Annual report of the Civil Veterinary Department, Bengal, and of the Bengal Veterinary College for the year 1906-1907 - 1906-1907
Year: 1906
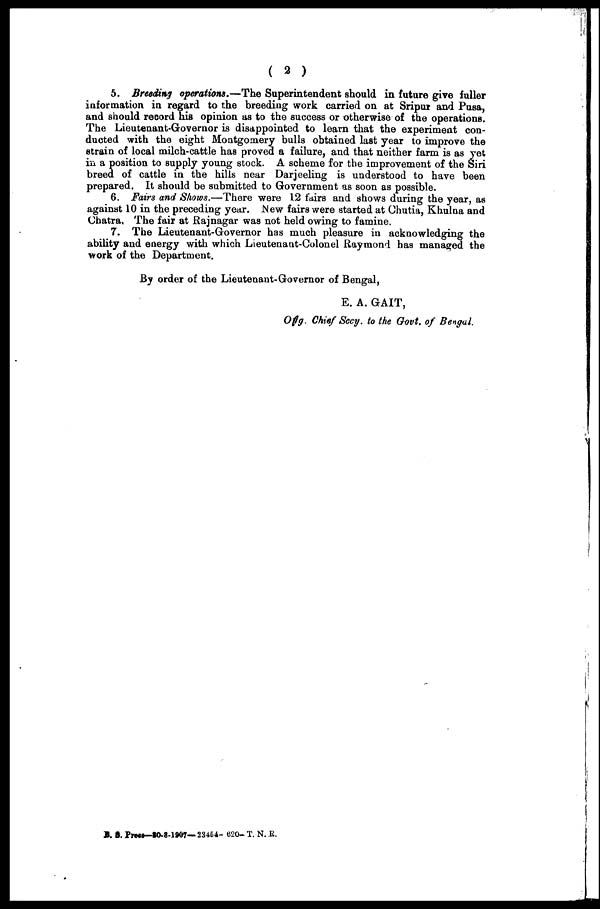
( 2 )
5. Breeding operations.—The Superintendent should in future give fuller
information in regard to the breeding work carried on at Sripur and Pusa,
and should record his opinion as to the success or otherwise of the operations.
The Lieutenant-Governor is disappointed to learn that the experiment con-
ducted with the eight Montgomery bulls obtained last year to improve the
strain of local milch-cattle has proved a failure, and that neither farm is as yet
in a position to supply young stock. A scheme for the improvement of the Siri
breed of cattle in the hills near Darjeeling is understood to have been
prepared. It should be submitted to Government as soon as possible.
6. Fairs and Shows.—There were 12 fairs and shows during the year, as
against 10 in the preceding year. New fairs were started at Chutia, Khulna and
Chatra, The fair at Rajnagar was not held owing to famine.
7. The Lieutenant-Governor has much pleasure in acknowledging the
ability and energy with which Lieutenant-Colonel Raymond has managed the
work of the Department.
By order of the Lieutenant-Governor of Bengal,
E. A. GAIT,
Ofig. Chief Secy, to the Govt, of Bengal.
B. S. Press—10-8-1907—23454- 620- T. N. R.